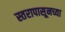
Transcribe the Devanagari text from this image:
स्तरापासूनच्या